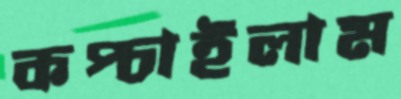
কপ্‌চাইলাম